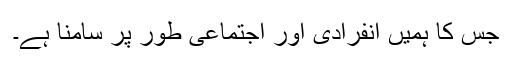
جس کا ہمیں انفرادی اور اجتماعی طور پر سامنا ہے۔